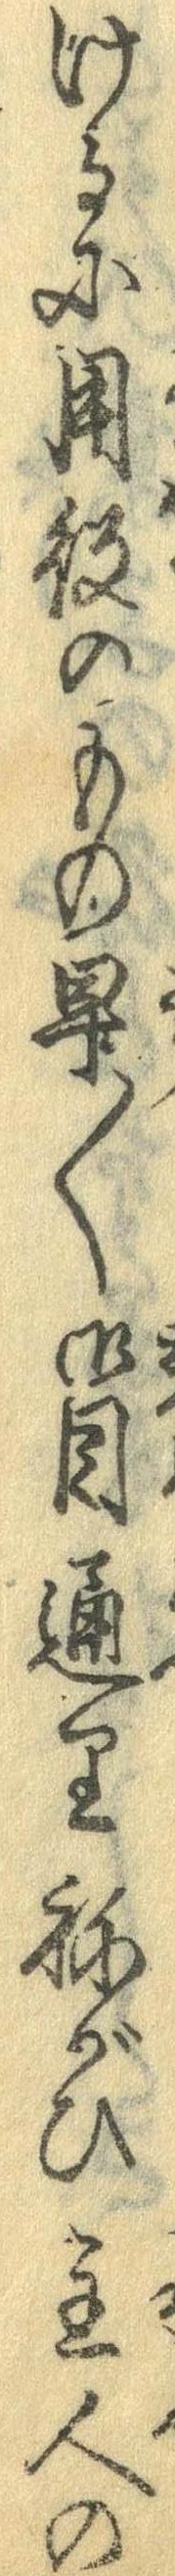
けるに用役のもの早〱御目通りねがひ主人の